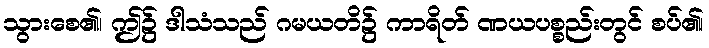
သွားစေ၏၊ ဤ၌ ဒါသံသည် ဂမယတိ၌ ကာရိတ် ဏယပစ္စည်းတွင် စပ်၏၊